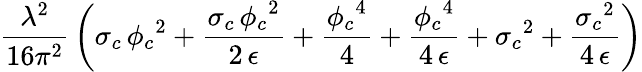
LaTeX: \frac{{\lambda}^{2}}{16\pi^{2}}\, \left({{\sigma}_{c}}\, {{{\phi}_{c}}}^{2}+\frac{{{\sigma}_{c}}\, {{{\phi}_{c}}}^{2}}{2\, \epsilon}+\frac{{{{\phi}_{c}}}^{4}}{4}+\frac{{{{\phi}_{c}}}^{4}}{4\, \epsilon}+{{{\sigma}_{c}}}^{2}+\frac{{{{\sigma}_{c}}}^{2}}{4\, \epsilon}\right)